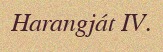
Harangját IV.